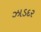
ઝાડદર